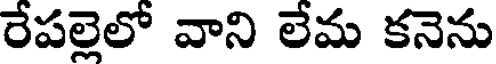
రేపల్లెలో వాని లేమ కనెను